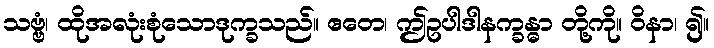
သဗ္ဗံ၊ ထိုအလုံးစုံသောဒုက္ခသည်။ ဧတေ၊ ဤဥပါဒါနက္ခန္ဓာ တို့ကို။ ဝိနာ၊ ၍။